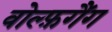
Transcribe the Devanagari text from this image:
वोल्फ़गैंग